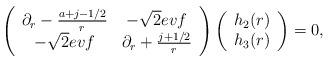
LaTeX: \begin{align*}\left( \begin{array}{cc}\partial_r-{a+j-1/2\over r} & -\sqrt{2}ev f \\-\sqrt{2}evf &\partial_r+{j+1/2\over r}\end{array} \right)\left( \begin{array}{c}h_2(r)\\ h_3(r) \end{array} \right) = 0, \end{align*}